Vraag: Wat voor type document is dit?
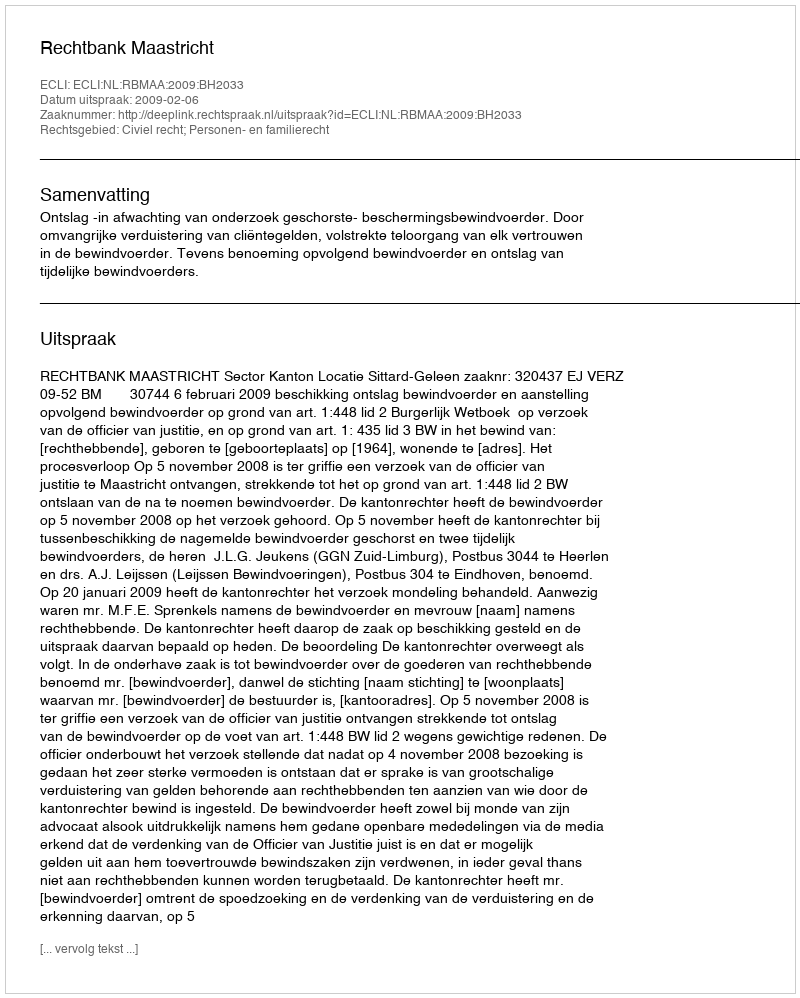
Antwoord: Uitspraak